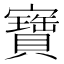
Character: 寶